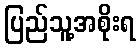
ပြည်သူ့အစိုးရ